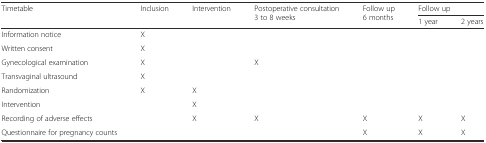
| <ROWSPAN=2> Timetable | <ROWSPAN=2> Inclusion | <ROWSPAN=2> Intervention | <ROWSPAN=2> Postoperative consultation 3 to 8 weeks | <ROWSPAN=2> Follow up 6 months | <COLSPAN=2> Follow up |
 | 1 year | 2 years |
 | --- | --- | --- | --- | --- | --- | --- |
 | Information notice | X |  |  |  |  |  |
 | Written consent | X |  |  |  |  |  |
 | Gynecological examination | X |  | X |  |  |  |
 | Transvaginal ultrasound | X |  |  |  |  |  |
 | Randomization | X | X |  |  |  |  |
 | Intervention |  | X |  |  |  |  |
 | Recording of adverse effects |  | X | X | X | X | X |
 | Questionnaire for pregnancy counts |  |  |  | X | X | X |